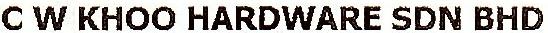
C W KHOO HARDWARE SDN BHD